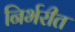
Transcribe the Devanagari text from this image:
निर्भरीत